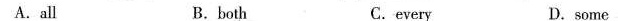
A.all B.both C.every D.some